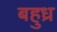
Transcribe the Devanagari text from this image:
बहुध्र